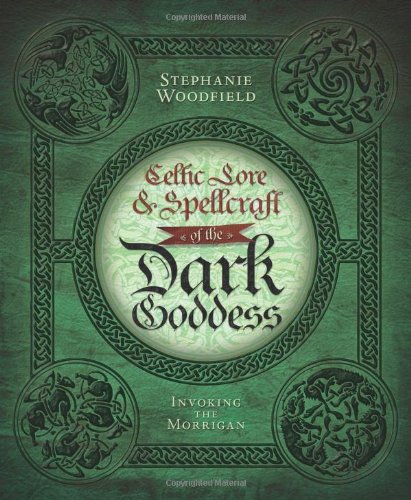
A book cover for Celtic Lore & Spellcraft of the Dark Goddess: Invoking the Morrigan; Stephanie Woodfield; Religion & Spirituality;